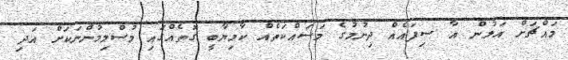
މައްޗަށް އަލުން އާ ސިފައެއް ދިނުމުގެ މަސައްކަތެއް ކާމިޔާބީ ގޮތެއްގައި މުސްލިމުންނަކަށް އަދި